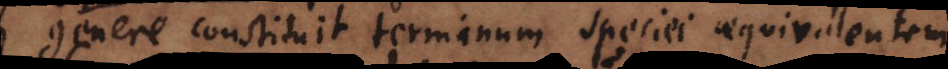
genere constituit terminum speciei Attributum